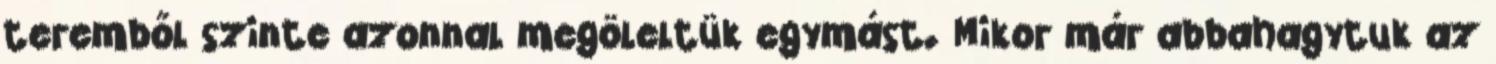
teremből szinte azonnal megöleltük egymást. Mikor már abbahagytuk az